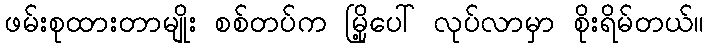
ဖမ်းစုထားတာမျိုး စစ်တပ်က မြို့ပေါ် လုပ်လာမှာ စိုးရိမ်တယ်။